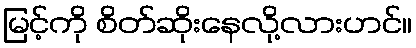
မြင့်ကို စိတ်ဆိုးနေလို့လားဟင်။